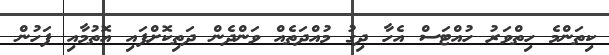
ކިތަންމެ ހިތްވަރު ހުއްޓަސް އެހާ ދިގު މުއްދަތެއް ވަންދެން ދަތިކޮށްފައި އޮތުމާއި ފަހުން